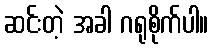
ဆင်းတဲ့ အခါ ဂရုစိုက်ပါ။